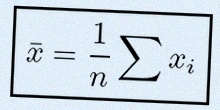
\bar{x}=\frac1n\sum x_i